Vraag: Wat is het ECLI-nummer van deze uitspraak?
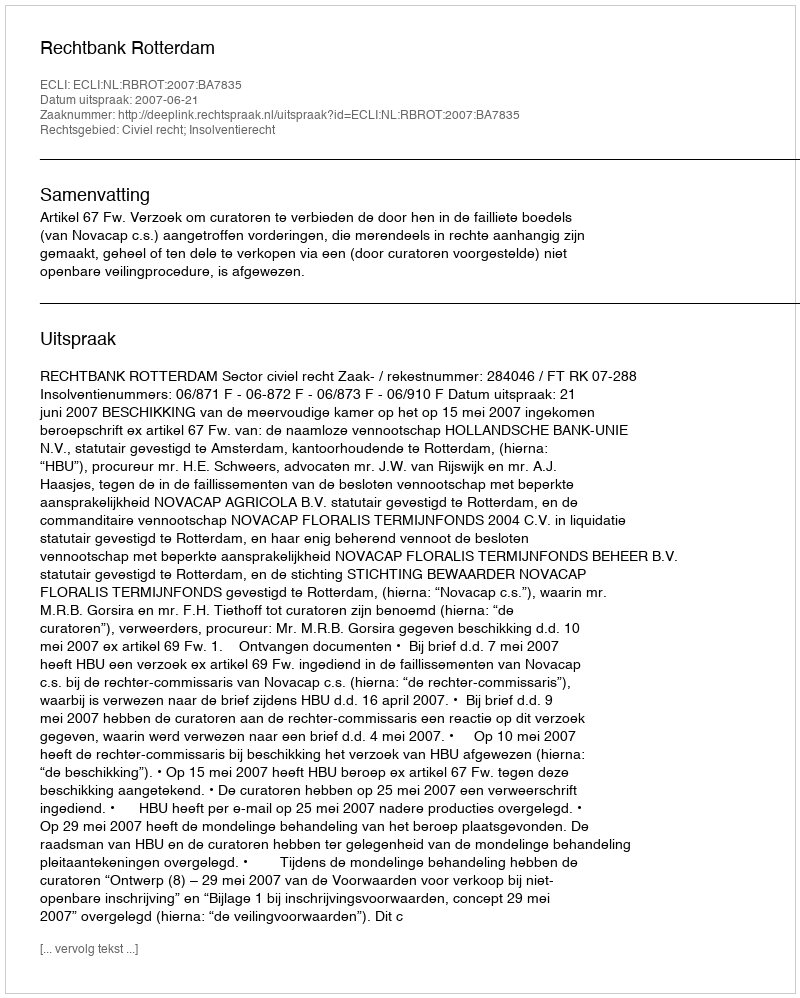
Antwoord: ECLI:NL:RBROT:2007:BA7835